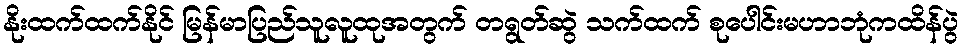
နိုးထက်ထက်နိုင် မြန်မာပြည်သူလူထုအတွက် တရွတ်ဆွဲ သက်ထက် စုပေါင်းမဟာဘုံကထိန်ပွဲ